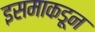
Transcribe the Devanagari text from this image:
इसमाकडून